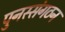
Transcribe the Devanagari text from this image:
पुनस्संगठन